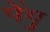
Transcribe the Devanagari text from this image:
पेंगु